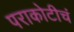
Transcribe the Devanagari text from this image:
पराकोटीचं